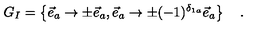
G _ { I } = \left\{ \vec { e } _ { a } \rightarrow \pm \vec { e } _ { a } , \vec { e } _ { a } \rightarrow \pm ( - 1 ) ^ { \delta _ { 1 a } } \vec { e } _ { a } \right\} \quad .